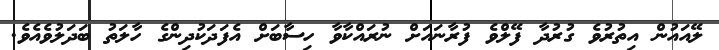
ލޭއައުން އިތުރުވެ ގުރުދާ ފޭލްވެ ފުރާނައަށް ނުރައްކާވާ ހިސާބަށް އެފަދަކުދިންގެ ހާލަތު ބަދަލުވެއެވެ.